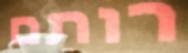
רותם